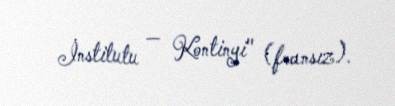
İnstitutu — Kontinyi" (fransız).